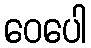
ဝေပေါ